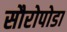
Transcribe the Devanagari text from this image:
सौरोपोडा